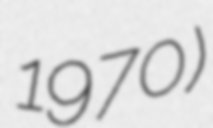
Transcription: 1970)